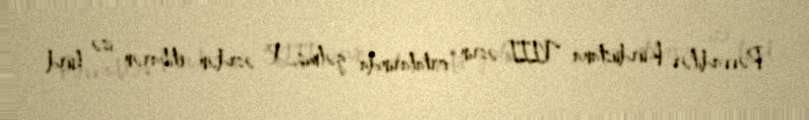
Rəvvadilər Kürdüstana VIII əsrin ortalarında gəlmiş, X əsrdən etibarən isə kürd